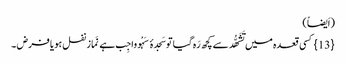
(اَیضاً)
{13} کسی قعدہ میں تَشَھُّد سے کچھ رَہ گیا توسَجدۂ سَہْو واجِب ہے نَماز نفل ہو یا فرض ۔